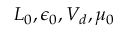
L _ { 0 } , \epsilon _ { 0 } , V _ { d } , \mu _ { 0 }